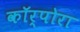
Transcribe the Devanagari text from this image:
कॉर्पोरा